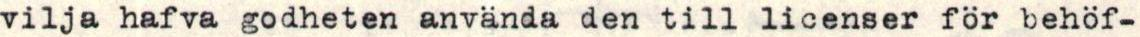
vilja hafva godheten använda den till licenser för behöf-